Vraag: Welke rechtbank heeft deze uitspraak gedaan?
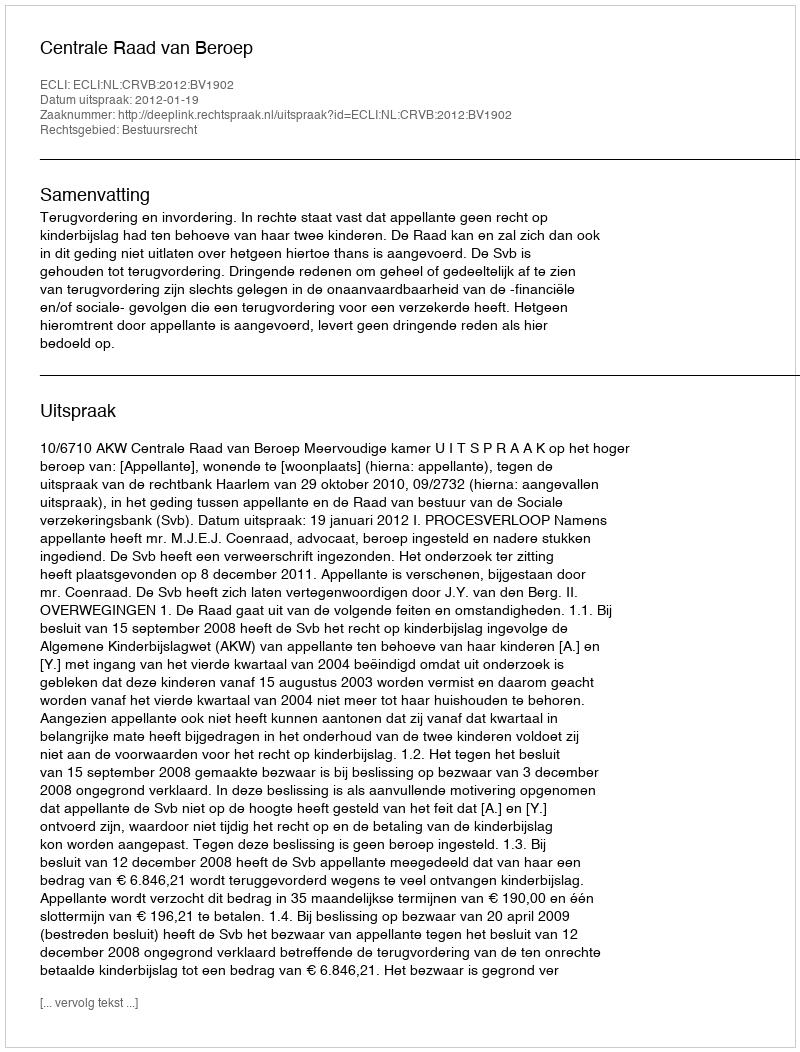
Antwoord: Centrale Raad van Beroep